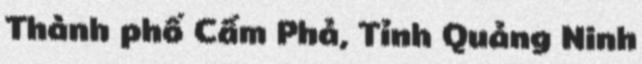
Thành phố Cẩm Phả, Tỉnh Quảng Ninh